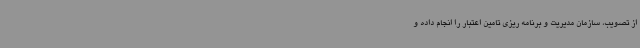
از تصویب، سازمان مدیریت و برنامه ریزی تامین اعتبار را انجام داده و